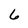
Character: 6